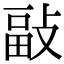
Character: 𢾇